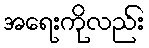
အရေးကိုလည်း